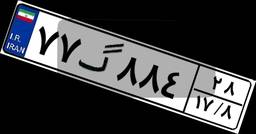
۷۷گ۸۸۴۲۸